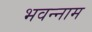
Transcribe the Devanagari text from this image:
भवन्नाम